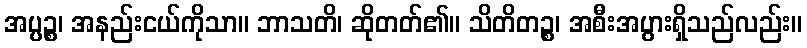
အပ္ပဉ္စ၊ အနည်းငယ်ကိုသာ။ ဘာသတိ၊ ဆိုတတ်၏။ သိတိတဉ္စ၊ အစီးအပွားရှိသည်လည်း။